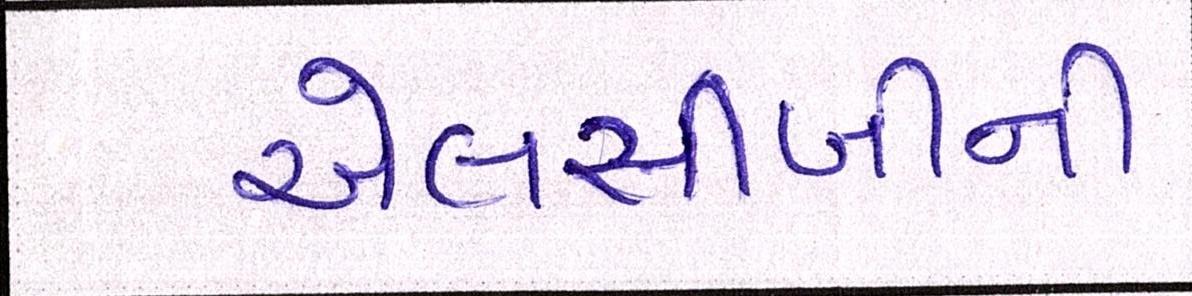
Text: એલસીબીની